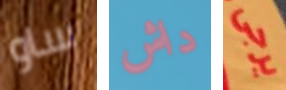
ساو داش يرجى